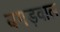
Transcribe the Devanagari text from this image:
बगड़वाल